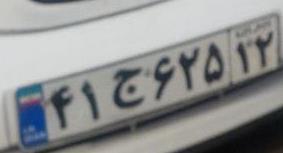
۴۱ج۶۲۵۱۲